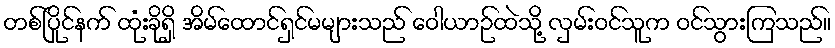
တစ်ပြိုင်နက် ထုံးခိုရှိ အိမ်ထောင်ရှင်မများသည် ဝေါယာဉ်ထဲသို့ လှမ်းဝင်သူက ဝင်သွားကြသည်။